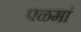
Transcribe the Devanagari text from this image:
पळमां